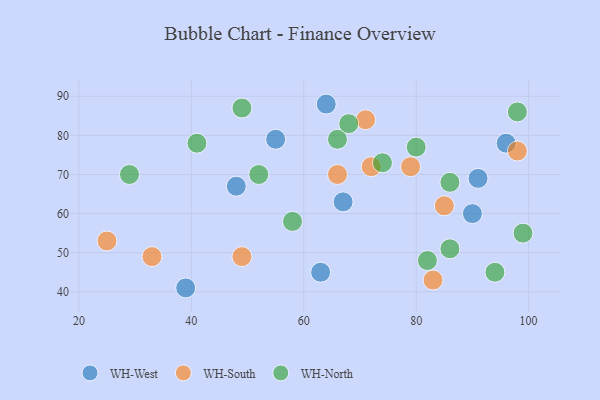
{"axis": {"x": "GDP", "y": "Life Expectancy"}, "legend": ["WH-North", "WH-South", "WH-West"], "data": [{"x": "39", "y": 41, "type": "WH-West"}, {"x": "48", "y": 67, "type": "WH-West"}, {"x": "63", "y": 45, "type": "WH-West"}, {"x": "91", "y": 69, "type": "WH-West"}, {"x": "55", "y": 79, "type": "WH-West"}, {"x": "64", "y": 88, "type": "WH-West"}, {"x": "90", "y": 60, "type": "WH-West"}, {"x": "67", "y": 63, "type": "WH-West"}, {"x": "96", "y": 78, "type": "WH-West"}, {"x": "33", "y": 49, "type": "WH-South"}, {"x": "79", "y": 72, "type": "WH-South"}, {"x": "71", "y": 84, "type": "WH-South"}, {"x": "83", "y": 43, "type": "WH-South"}, {"x": "49", "y": 49, "type": "WH-South"}, {"x": "25", "y": 53, "type": "WH-South"}, {"x": "72", "y": 72, "type": "WH-South"}, {"x": "66", "y": 70, "type": "WH-South"}, {"x": "85", "y": 62, "type": "WH-South"}, {"x": "98", "y": 76, "type": "WH-South"}, {"x": "86", "y": 51, "type": "WH-North"}, {"x": "58", "y": 58, "type": "WH-North"}, {"x": "66", "y": 79, "type": "WH-North"}, {"x": "80", "y": 77, "type": "WH-North"}, {"x": "52", "y": 70, "type": "WH-North"}, {"x": "98", "y": 86, "type": "WH-North"}, {"x": "49", "y": 87, "type": "WH-North"}, {"x": "82", "y": 48, "type": "WH-North"}, {"x": "86", "y": 68, "type": "WH-North"}, {"x": "94", "y": 45, "type": "WH-North"}, {"x": "29", "y": 70, "type": "WH-North"}, {"x": "99", "y": 55, "type": "WH-North"}, {"x": "68", "y": 83, "type": "WH-North"}, {"x": "74", "y": 73, "type": "WH-North"}, {"x": "41", "y": 78, "type": "WH-North"}]}